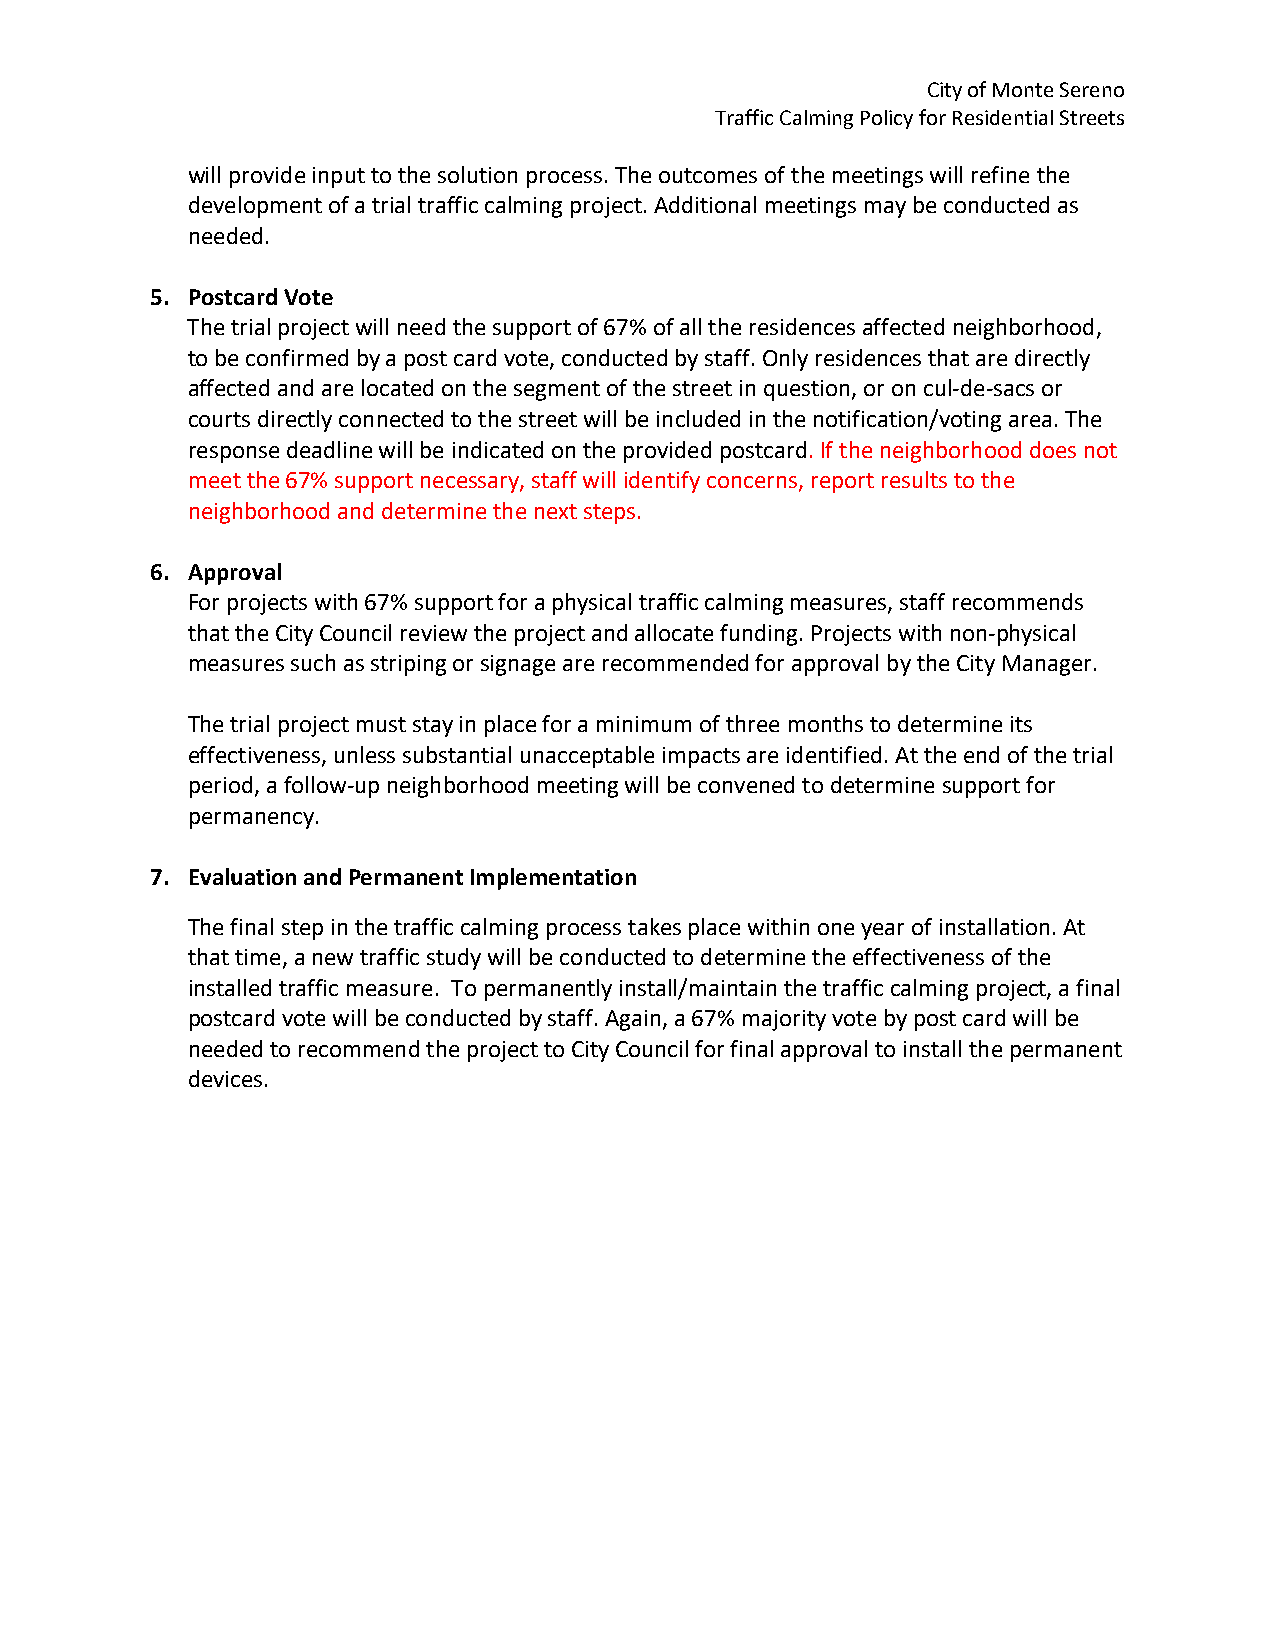
City of Monte Sereno
 Traffic Calming Policy for Residential Streets
 will provide input to the solution process. The outcomes of the meetings will refine the
 development of a trial traffic calming project. Additional meetings may be conducted as
 needed.
 5. Postcard Vote
 The trial project will need the support of 67% of all the residences affected neighborhood,
 to be confirmed by a post card vote, conducted by staff. Only residences that are directly
 affected and are located on the segment of the street in question, or on cul-de-sacs or
 courts directly connected to the street will be included in the notification/voting area. The
 response deadline will be indicated on the provided postcard. If the neighborhood does not
 meet the 67% support necessary, staff will identify concerns, report results to the
 neighborhood and determine the next steps.
 6. Approval
 For projects with 67% support for a physical traffic calming measures, staff recommends
 that the City Council review the project and allocate funding. Projects with non-physical
 measures such as striping or signage are recommended for approval by the City Manager.
 The trial project must stay in place for a minimum of three months to determine its
 effectiveness, unless substantial unacceptable impacts are identified. At the end of the trial
 period, a follow-up neighborhood meeting will be convened to determine support for
 permanency.
 7. Evaluation and Permanent Implementation
 The final step in the traffic calming process takes place within one year of installation. At
 that time, a new traffic study will be conducted to determine the effectiveness of the
 installed traffic measure. To permanently install/maintain the traffic calming project, a final
 postcard vote will be conducted by staff. Again, a 67% majority vote by post card will be
 needed to recommend the project to City Council for final approval to install the permanent
 devices.